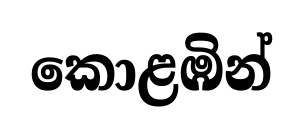
කොළඹින්